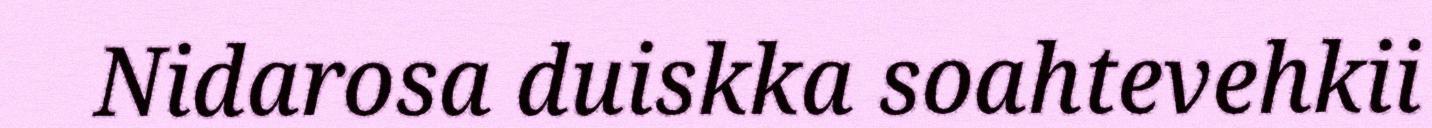
Nidarosa duiskka soahtevehkii